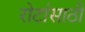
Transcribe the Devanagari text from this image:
रोटांसाठी